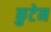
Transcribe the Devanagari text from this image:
कुटेन